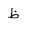
Letter: _za